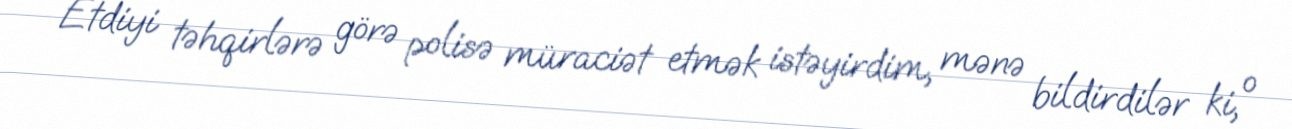
Etdiyi təhqirlərə görə polisə müraciət etmək istəyirdim, mənə bildirdilər ki, o